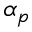
\alpha _ { p }